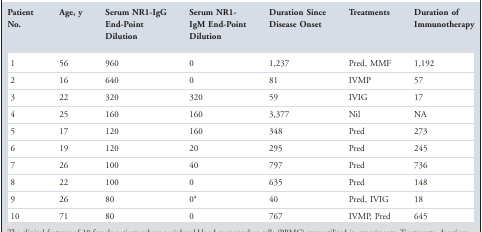
<table><thead><tr><td><b>Patient No.</b></td><td><b>Age, y</b></td><td><b>Serum NR1‐IgG End‐Point Dilution</b></td><td><b>Serum NR1‐IgM End‐Point Dilution</b></td><td><b>Duration Since Disease Onset</b></td><td><b>Treatments</b></td><td><b>Duration of Immunotherapy</b></td></tr></thead><tbody><tr><td>1</td><td>56</td><td>960</td><td>0</td><td>1,237</td><td>Pred, MMF</td><td>1,192</td></tr><tr><td>2</td><td>16</td><td>640</td><td>0</td><td>81</td><td>IVMP</td><td>57</td></tr><tr><td>3</td><td>22</td><td>320</td><td>320</td><td>59</td><td>IVIG</td><td>17</td></tr><tr><td>4</td><td>25</td><td>160</td><td>160</td><td>3,377</td><td>Nil</td><td>NA</td></tr><tr><td>5</td><td>17</td><td>120</td><td>160</td><td>348</td><td>Pred</td><td>273</td></tr><tr><td>6</td><td>19</td><td>120</td><td>20</td><td>295</td><td>Pred</td><td>245</td></tr><tr><td>7</td><td>26</td><td>100</td><td>40</td><td>797</td><td>Pred</td><td>736</td></tr><tr><td>8</td><td>22</td><td>100</td><td>0</td><td>635</td><td>Pred</td><td>148</td></tr><tr><td>9</td><td>26</td><td>80</td><td>0a</td><td>40</td><td>Pred, IVIG</td><td>18</td></tr><tr><td>10</td><td>71</td><td>80</td><td>0</td><td>767</td><td>IVMP, Pred</td><td>645</td></tr></tbody></table>